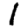
Digit: 1